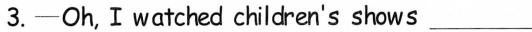
3.—Oh, I watched children's shows ___